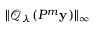
\| \mathcal { Q } _ { \lambda } ( P ^ { m } \mathbf { y } ) \| _ { \infty }